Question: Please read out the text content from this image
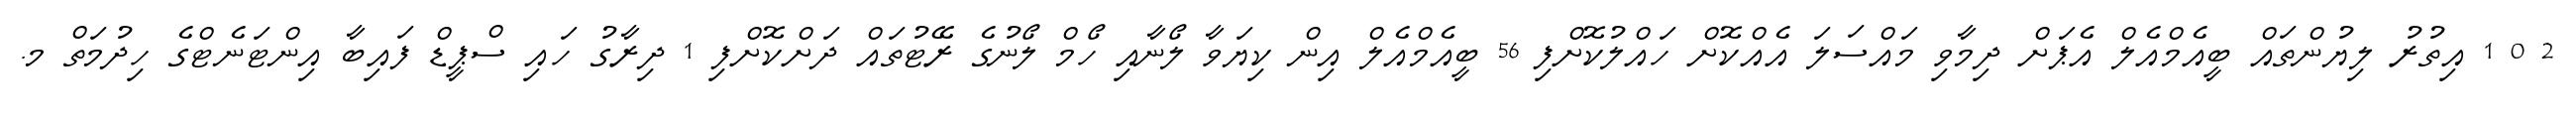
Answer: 2 0 1 އިތުރު ލިޔުންތައް ބީއެމްއެލް އެޕަށް ދިމާވި މައްސަލަ އެއްކޮށް ހައްލުކޮށްފި 56 ބީއެމްއެލް އިން ކިޔަވާ ލޯނާއި ހޯމް ލޯނުގެ ރޭޓުތައް ދަށްކޮށްފި 1 ދިރާގު ހައި ސްޕީޑް ފައިބާ އިންޓަނެޓްގެ ހިދުމަތް މ.